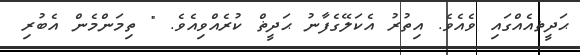
ޙަދީޡއެއްގައި ވެއެވެ. އިތުރު އެކަލޭގެފާނު ޙަދީޡް ކުރެއްވިއެވެ. " ތިމަންމެން އެބުރި